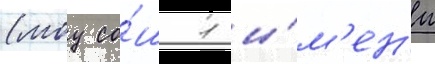
(моу со́ш 1 и́м'ен'и